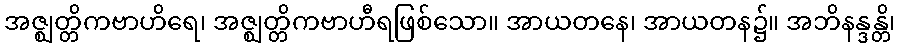
အဇ္ဈတ္တိကဗာဟိရေ၊ အဇ္ဈတ္တိကဗာဟီရဖြစ်သော။ အာယတနေ၊ အာယတန၌။ အဘိနန္ဒန္တိ၊